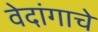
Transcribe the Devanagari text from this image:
वेदांगाचे